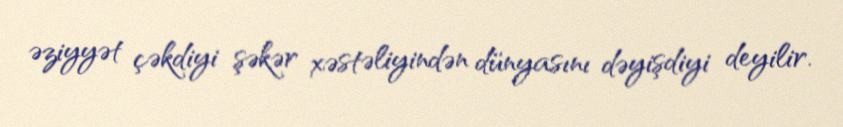
əziyyət çəkdiyi şəkər xəstəliyindən dünyasını dəyişdiyi deyilir.